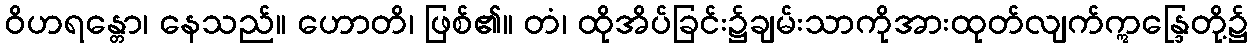
ဝိဟရန္တော၊ နေသည်။ ဟောတိ၊ ဖြစ်၏။ တံ၊ ထိုအိပ်ခြင်း၌ချမ်းသာကိုအားထုတ်လျက်ဣန္ဒြေတို့၌